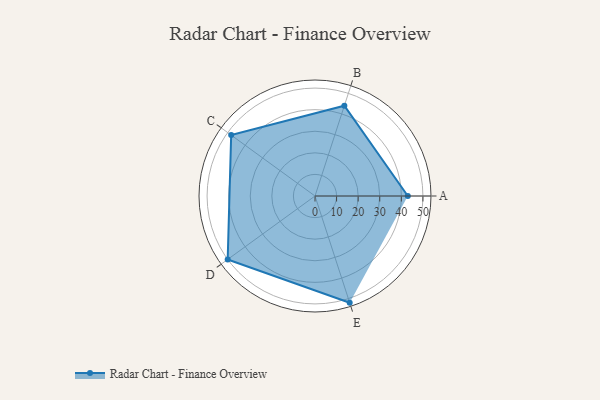
{"axis": {"x": "Skill", "y": "Score"}, "legend": ["Profile"], "data": [{"x": "A", "y": 43.0, "type": "Profile"}, {"x": "B", "y": 44.0, "type": "Profile"}, {"x": "C", "y": 48.0, "type": "Profile"}, {"x": "D", "y": 50.0, "type": "Profile"}, {"x": "E", "y": 52.0, "type": "Profile"}]}